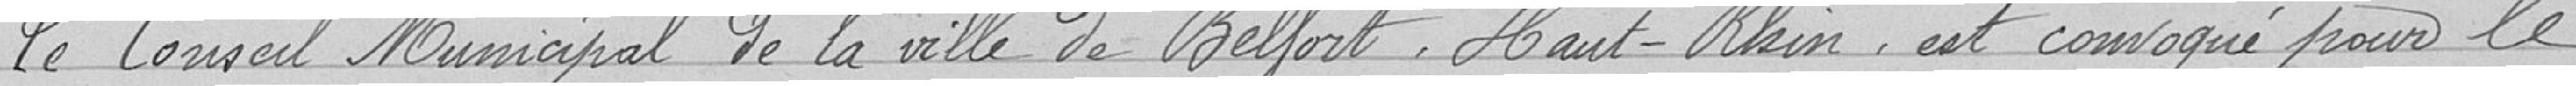
Le Conseil Municipal de la ville de Belfort, Haut-Rhin, est convoqué pour le